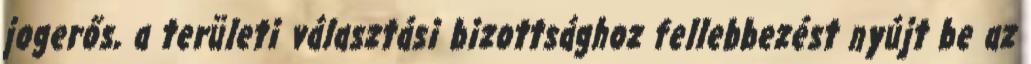
jogerős, a területi választási bizottsághoz fellebbezést nyújt be az